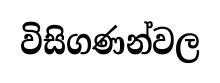
විසිගණන්වල